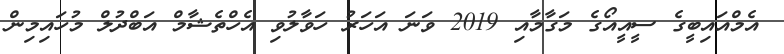
އެމްއައިބީގެ ސީއީއޯގެ މަގާމާއި 2019 ވަނަ އަހަރު ހަވާލުވި އެހްތެޝާމް އަބްދުލް މުހައިމިން